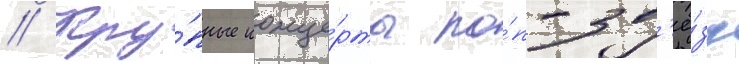
// Кру́пные конце́рты по́п-зв'ё́зд